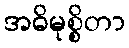
အဓိမုစ္စိတာ